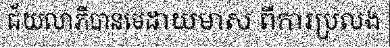
ជ័យលាភីបានមេដាយមាស ពីការប្រលង